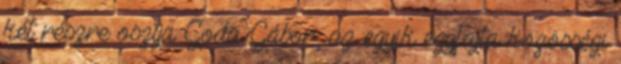
két részre osztja Goda Gábor, az egyik egyfajta közösségi